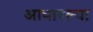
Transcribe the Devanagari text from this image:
आधारल्या